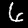
Digit: 6